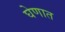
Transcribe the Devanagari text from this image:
घेणात